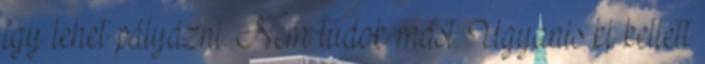
így lehet pályázni. Nem tudok mást. Ugyanis ki kellett